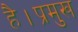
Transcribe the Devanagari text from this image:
है।प्रमुख